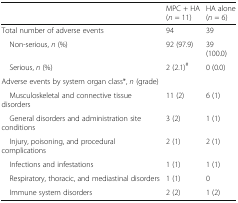
|  | MPC + HA (n = 11) | HA alone (n = 6) |
 | --- | --- | --- |
 | Total number of adverse events | 94 | 39 |
 | Non-serious, n (%) | 92 (97.9) | 39 (100.0) |
 | Serious, n (%) | 2 (2.1)# | 0 (0.0) |
 | <COLSPAN=3> Adverse events by system organ class*, n (grade) |
 | Musculoskeletal and connective tissue disorders | 11 (2) | 6 (1) |
 | General disorders and administration site conditions | 3 (2) | 1 (1) |
 | Injury, poisoning, and procedural complications | 2 (1) | 2 (1) |
 | Infections and infestations | 1 (1) | 1 (1) |
 | Respiratory, thoracic, and mediastinal disorders | 1 (1) | 0 |
 | Immune system disorders | 2 (2) | 1 (2) |